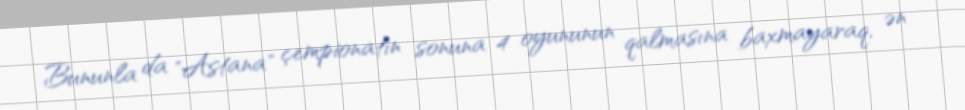
Bununla da "Astana" çempionatın sonuna 4 oyununun qalmasına baxmayaraq, ən